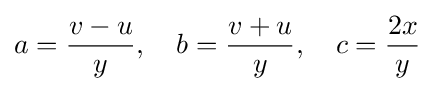
a={\frac {v-u}{y}},\quad b={\frac {v+u}{y}},\quad c={\frac {2x}{y}}